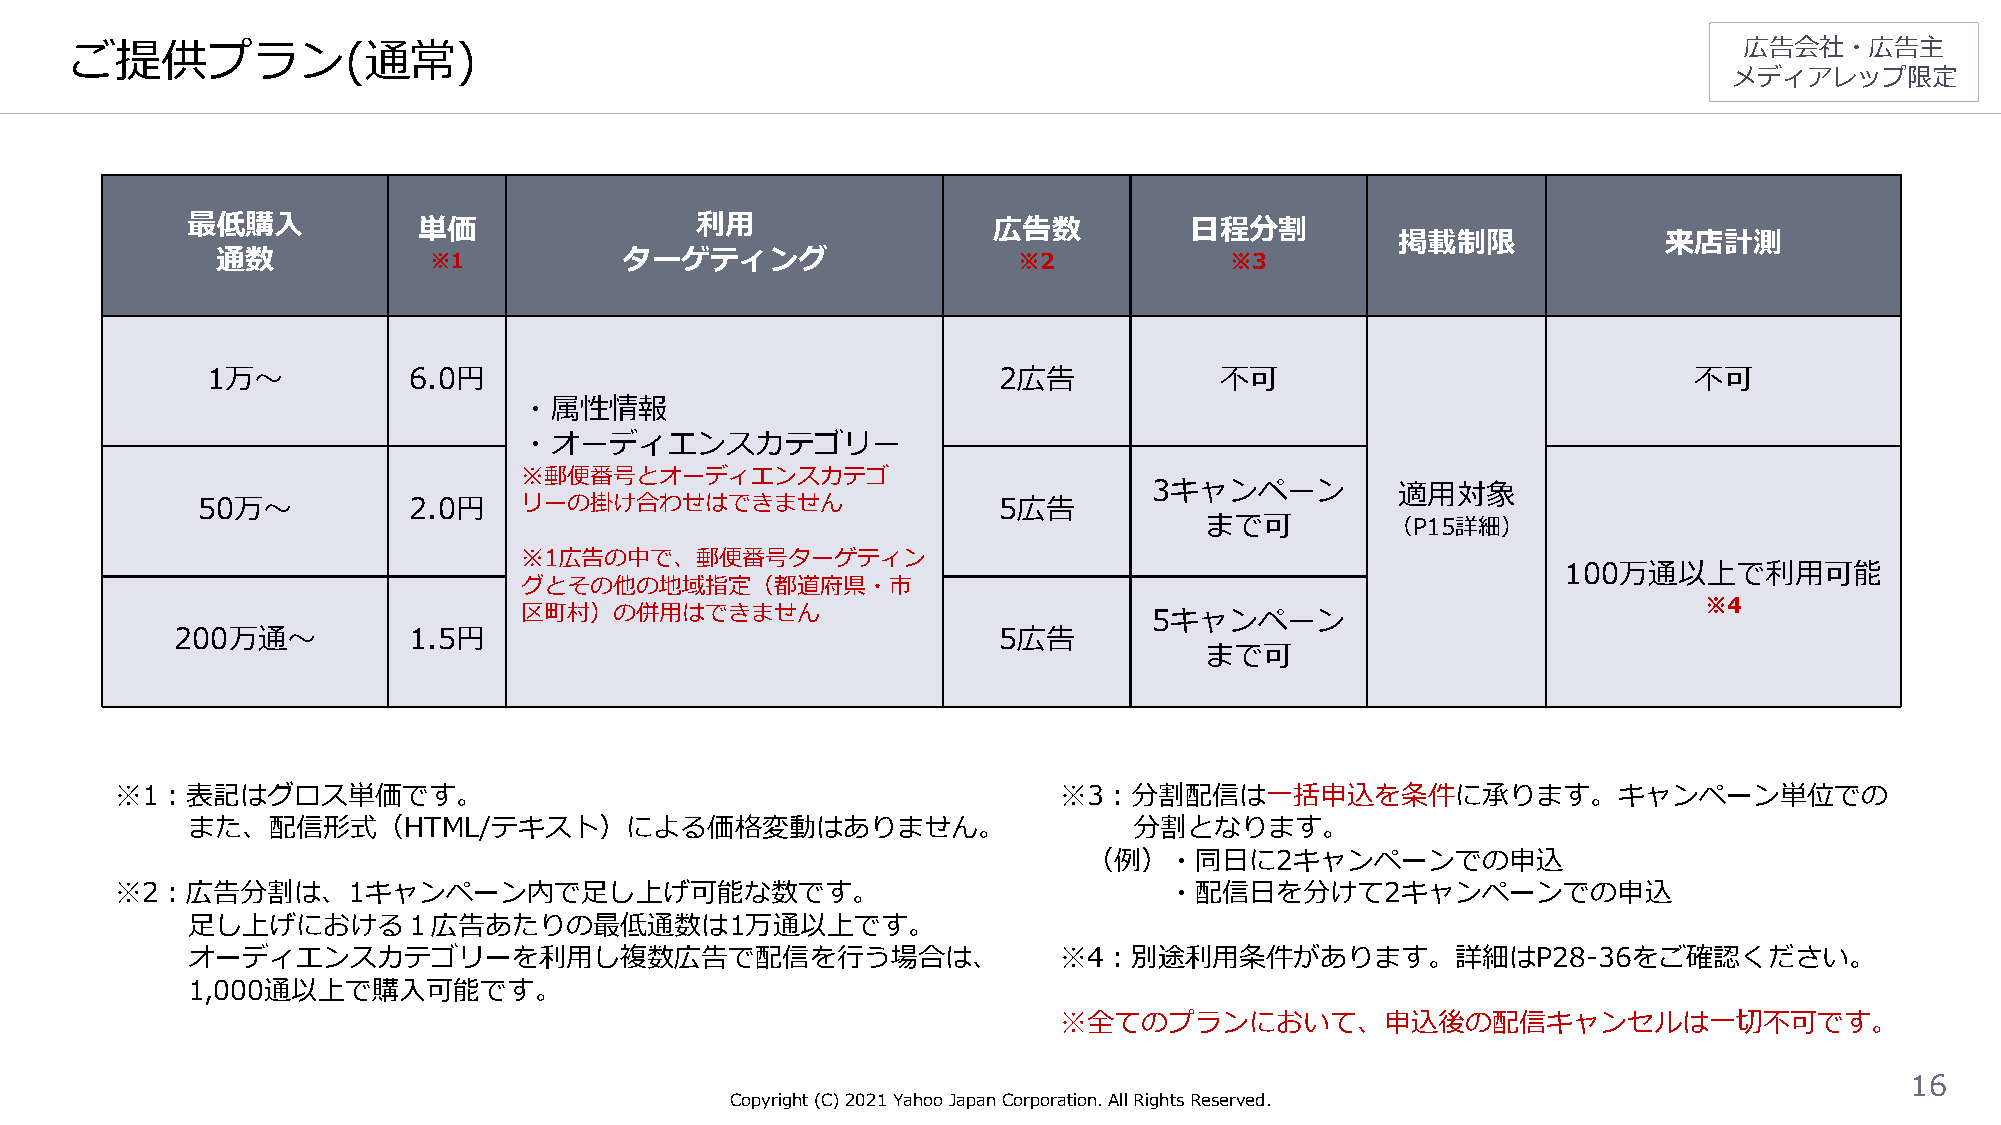
ご提供プラン(通常)                                                                                                    広告会社・広告主
 メディアレップ限定
 最低購入            単価                利用                  広告数          日程分割
 掲載制限             来店計測
 通数            ※1           ターゲティング                   ※2            ※3
 1万〜          6.0円                                   2広告            不可                             不可
 ・属性情報
 ・オーディエンスカテゴリー
 ※郵便番号とオーディエンスカテゴ
 3キャンペーン          適用対象
 50万〜          2.0円   リーの掛け合わせはできません                  5広告
 まで可         （P15詳細）
 ※1広告の中で、郵便番号ターゲティン
 100万通以上で利用可能
 グとその他の地域指定（都道府県・市
 ※4
 区町村）の併用はできません                             5キャンペーン
 200万通〜         1.5円                                   5広告
 まで可
 ※1：表記はグロス単価です。                                                ※3：分割配信は一括申込を条件に承ります。キャンペーン単位での
 また、配信形式（HTML/テキスト）による価格変動はありません。                               分割となります。
 （例）・同日に2キャンペーンでの申込
 ※2：広告分割は、1キャンペーン内で足し上げ可能な数です。                                        ・配信日を分けて2キャンペーンでの申込
 足し上げにおける１広告あたりの最低通数は1万通以上です。
 オーディエンスカテゴリーを利用し複数広告で配信を行う場合は、                            ※4：別途利用条件があります。詳細はP28-36をご確認ください。
 1,000通以上で購入可能です。
 ※全てのプランにおいて、申込後の配信キャンセルは一切不可です。
 16
 Copyright (C)2021Yahoo Japan Corporation. All Rights Reserved.